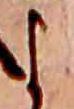
よ